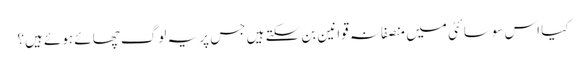
کیا اس سوسائٹی میں منصفانہ قوانین بن سکتے ہیں جس پر یہ لوگ چھائے ہوئے ہیں؟